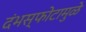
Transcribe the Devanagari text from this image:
दंभस्फोटामुळे